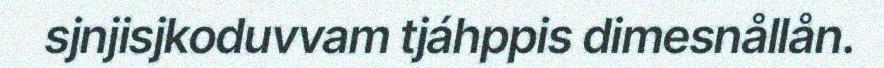
sjnjisjkoduvvam tjáhppis dimesnållån.